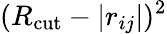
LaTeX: (R_{\mathrm{cut}}-|r_{ij}|)^{2}